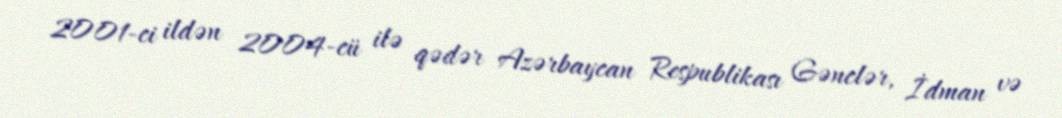
2001-ci ildən 2004-cü ilə qədər Azərbaycan Respublikası Gənclər, İdman və